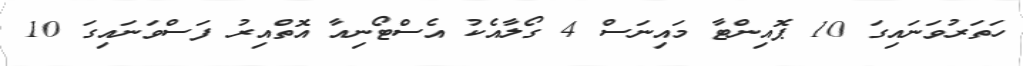
ހަތަރުވަނައިގަ 10 ޕޮއިންޓާ މައިނަސް 4 ގޯލާއެކު އެސްޓޯނިއާ އޮތްއިރު ފަސްވަނައިގަ 10